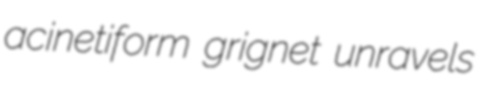
acinetiform grignet unravels